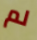
لم